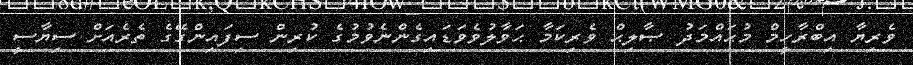
ވެރިޔާ އިބްރާހީމް މުޙައްމަދު ޞާލިޙް ވެރިކަމާ ޙަވާލުވެވަޑައިގެންނެވުމުގެ ކުރިން ސިފައިންގޭގެ ތެރެއަށް ސިޔާސީ